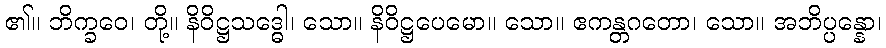
၏။ ဘိက္ခဝေ၊ တို့။ နိဝိဋ္ဌသဒ္ဓေါ၊ သော။ နိဝိဋ္ဌပေမော။ သော။ ဧကန္တဂတော၊ သော။ အဘိပ္ပန္နော၊